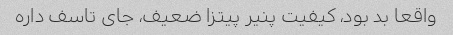
واقعا بد بود، کیفیت پنیر پیتزا ضعیف، جای تاسف داره